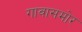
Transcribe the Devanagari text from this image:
गावासमोर